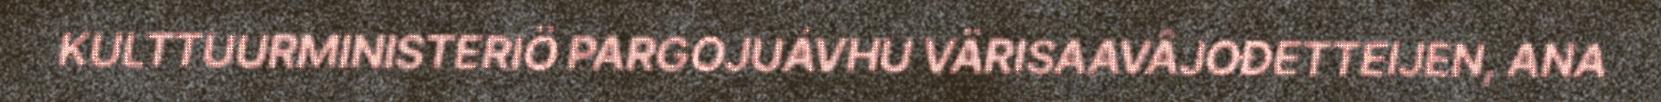
KULTTUURMINISTERIÖ PARGOJUÁVHU VÄRISAAVÂJOĐETTEIJEN, ANA